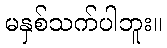
မနှစ်သက်ပါဘူး။